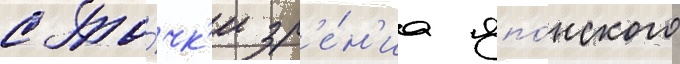
с то́чк'и зр'е́н'иа япо́нского